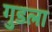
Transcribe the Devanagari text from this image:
गुडला